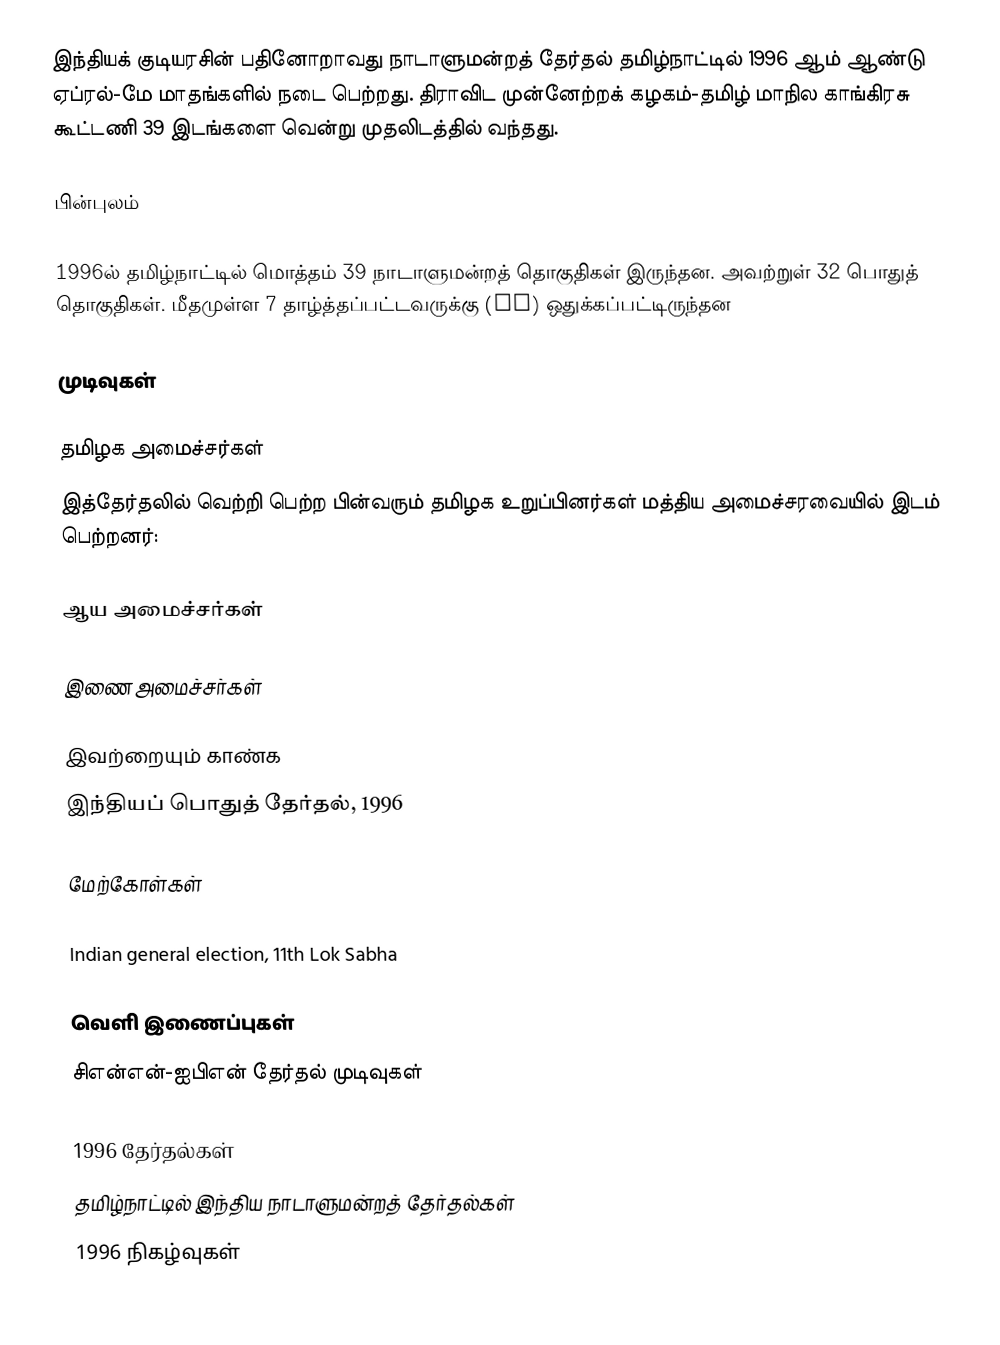
இந்தியக் குடியரசின் பதினோறாவது நாடாளுமன்றத் தேர்தல் தமிழ்நாட்டில் 1996 ஆம் ஆண்டு ஏப்ரல்-மே மாதங்களில் நடை பெற்றது. திராவிட முன்னேற்றக் கழகம்-தமிழ் மாநில காங்கிரசு கூட்டணி 39 இடங்களை வென்று முதலிடத்தில் வந்தது.

பின்புலம்

1996ல் தமிழ்நாட்டில் மொத்தம் 39 நாடாளுமன்றத் தொகுதிகள் இருந்தன. அவற்றுள் 32 பொதுத் தொகுதிகள். மீதமுள்ள 7 தாழ்த்தப்பட்டவருக்கு (SC) ஒதுக்கப்பட்டிருந்தன

முடிவுகள்

தமிழக அமைச்சர்கள்
இத்தேர்தலில் வெற்றி பெற்ற பின்வரும் தமிழக உறுப்பினர்கள் மத்திய அமைச்சரவையில் இடம் பெற்றனர்:

ஆய அமைச்சர்கள்

இணை அமைச்சர்கள்

இவற்றையும் காண்க
இந்தியப் பொதுத் தேர்தல், 1996

மேற்கோள்கள்

Indian general election, 11th Lok Sabha

வெளி இணைப்புகள்
 சிஎன்என்-ஐபிஎன் தேர்தல் முடிவுகள்

1996 தேர்தல்கள்
தமிழ்நாட்டில் இந்திய நாடாளுமன்றத் தேர்தல்கள்
1996 நிகழ்வுகள்